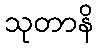
သုတာနိ